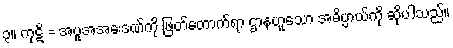
၃။ ကုဋိ = အပူအအေးဒဏ်ကို ဖြတ်တောက်ရာ ဌာနဟူသော အဓိပ္ပာယ်ကို ဆိုပါသည်။